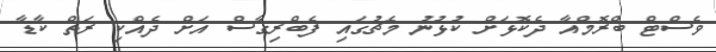
ވެސްޓް ބްރޮމްއާ ދެކޮޅަށް ކުޅުނު މެޗުގައި ފެބްރިގާސް އަށް ދެއްކި ރަތް ކާޑާ